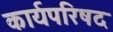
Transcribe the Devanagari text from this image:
कार्यपरिषद